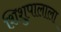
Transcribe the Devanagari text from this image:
शिशुपालाला